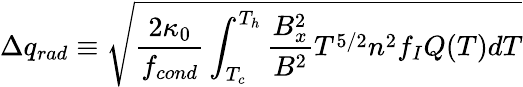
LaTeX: \Delta q_{rad}\equiv\sqrt{\frac{2\kappa_{0}}{f_{cond}}\int_{T_{c}}^{T_{h}}\frac{B_{x}^{2}}{B^{2}}T^{5/2}n^{2}f_{I}Q(T)dT}